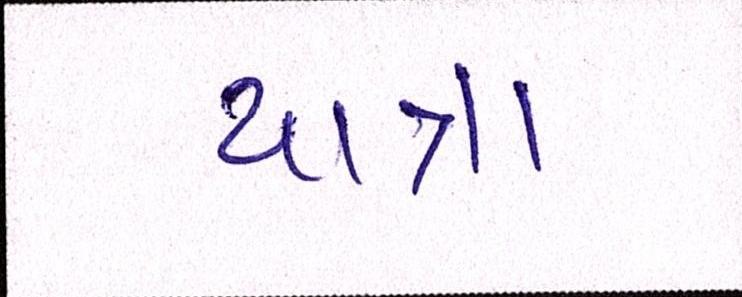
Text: યાત્રા